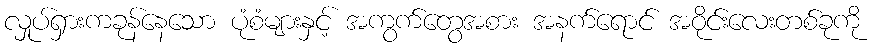
လှုပ်ရှားကခုန်နေသော ပုံစံများနှင့် အကွက်တွေအစား အနက်ရောင် အဝိုင်းလေးတစ်ခုကို